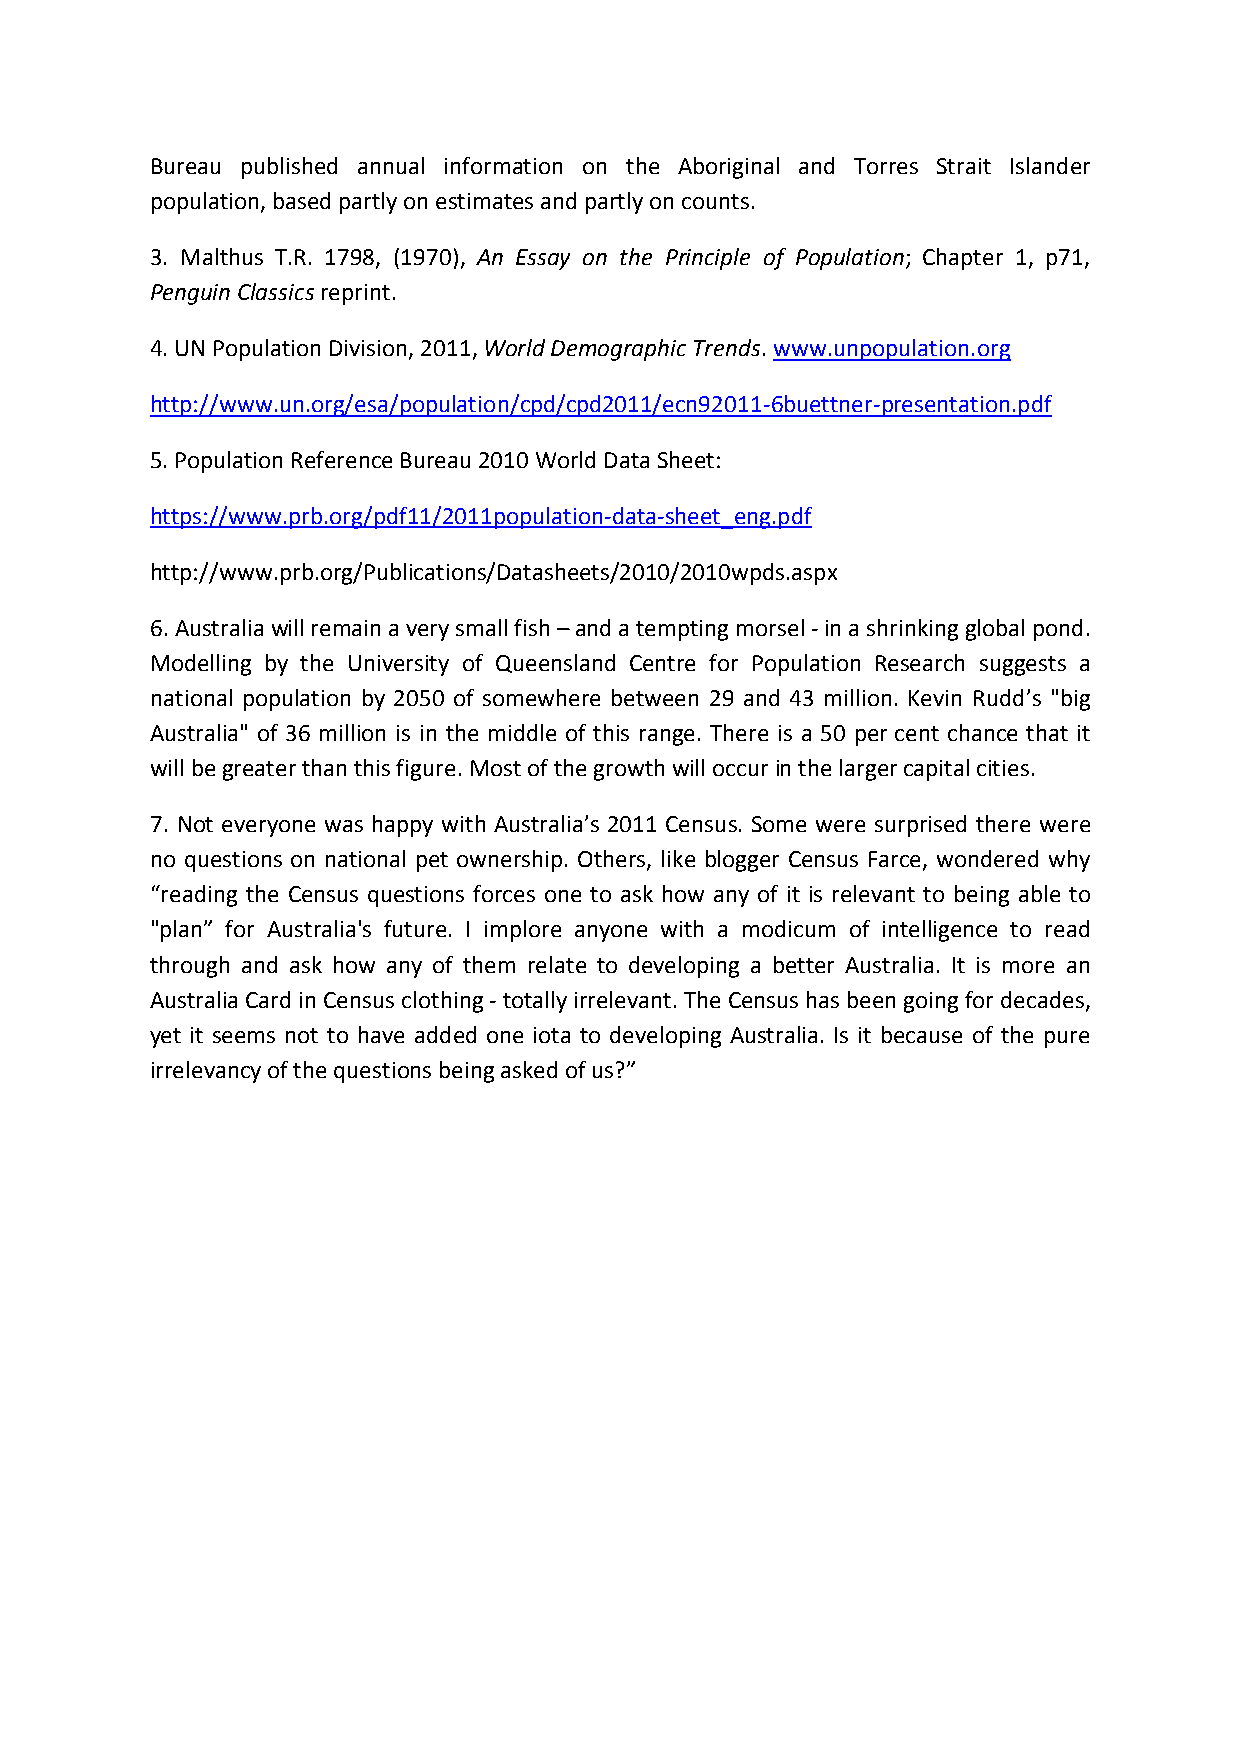
Bureau published annual information on the Aboriginal and Torres Strait Islander
 population,basedpartlyonestimatesandpartlyoncounts.
 3. Malthus T.R. 1798, (1970), An Essay on the Principle of Population; Chapter 1, p71,
 PenguinClassicsreprint.
 4.UNPopulationDivision,2011,WorldDemographicTrends.www.unpopulation.org
 http://www.un.org/esa/population/cpd/cpd2011/ecn92011-6buettner-presentation.pdf
 5.PopulationReferenceBureau2010WorldDataSheet:
 https://www.prb.org/pdf11/2011population-data-sheet_eng.pdf
 http://www.prb.org/Publications/Datasheets/2010/2010wpds.aspx
 6.Australiawillremainaverysmallfish–andatemptingmorsel-inashrinkingglobalpond.
 Modelling by the University of Queensland Centre for Population Research suggests a
 national population by 2050 of somewhere between 29 and 43 million. Kevin Rudd’s "big
 Australia" of 36 million is in the middle of this range. There is a 50 per cent chance that it
 willbegreaterthanthisfigure.Mostofthegrowthwilloccurinthelargercapitalcities.
 7. Not everyone was happy with Australia’s 2011 Census. Some were surprised there were
 no questions on national pet ownership. Others, like blogger Census Farce, wondered why
 “reading the Census questions forces one to ask how any of it is relevant to being able to
 "plan” for Australia's future. I implore anyone with a modicum of intelligence to read
 through and ask how any of them relate to developing a better Australia. It is more an
 AustraliaCardinCensusclothing-totallyirrelevant.TheCensushasbeengoingfordecades,
 yet it seems not to have added one iota to developing Australia. Is it because of the pure
 irrelevancyofthequestionsbeingaskedofus?”